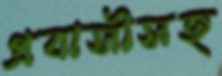
প্রবাসীসহ